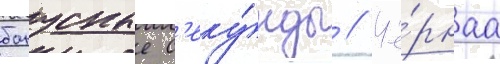
бонусные с'еку́нды // Чё́рнаа